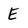
Character: E